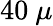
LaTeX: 40\ \mu